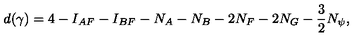
d ( \gamma ) = 4 - I _ { A F } - I _ { B F } - N _ { A } - N _ { B } - 2 N _ { F } - 2 N _ { G } - \frac 3 2 N _ { \psi } ,